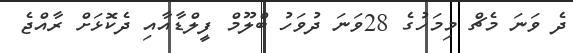
ދެ ވަނަ މެޗް މިމަހުގެ 28ވަނަ ދުވަހު ބްލޫމް ފީލްޑާއާއި ދެކޮޅަށް ރާއްޖެ